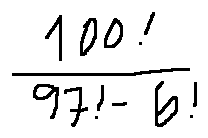
\frac { 1 0 0 ! } { 9 7 ! - 6 ! }